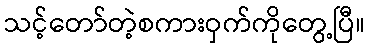
သင့်တော်တဲ့စကားဝှက်ကိုတွေ့ပြီ။